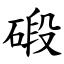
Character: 碫